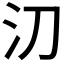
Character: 𣱼